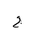
Letter: _gim